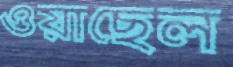
ওয়াছেল